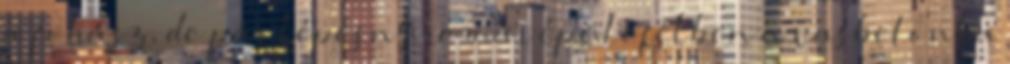
a fohász, de pár lépésnyire már épülõfélben a vasbetonba